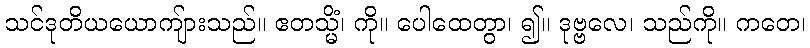
သင်ဒုတိယယောကျ်ားသည်။ ဧတသ္မိံ၊ ကို။ ပေါထေတွာ၊ ၍။ ဒုဗ္ဗလေ၊ သည်ကို။ ကတေ၊